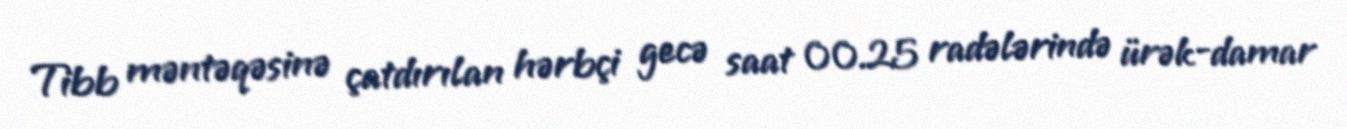
Tibb məntəqəsinə çatdırılan hərbçi gecə saat 00.25 radələrində ürək-damar